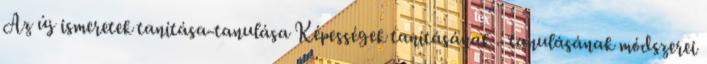
Az új ismeretek tanítása-tanulása Képességek tanításának - tanulásának módszerei